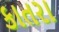
કાતરા